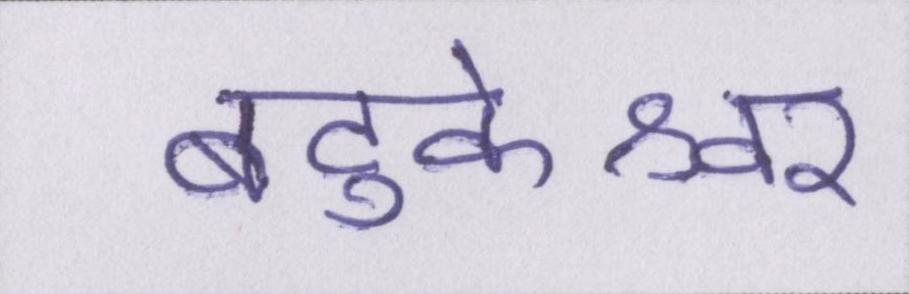
बटुकेश्वर